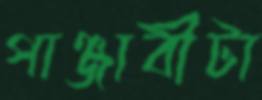
পাঞ্জাবীটা